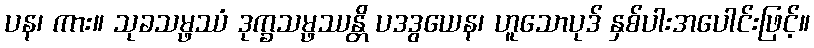
ပန၊ ကား။ သုခသမ္ဖဿံ ဒုက္ခသမ္ဖဿန္တိ ပဒဒွယေန၊ ဟူသောပုဒ် နှစ်ပါးအပေါင်းဖြင့်။